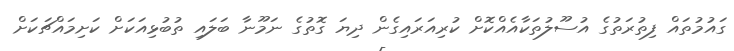
ގައުމުތައް ފިތުރަތުގެ އުސޫލުތަކާއެއްކޮށް ކުރިއަރައިގެން ދިޔަ ގޮތުގެ ނަމޫނާ ބަލައި ތުބުޅިއަކަށް ކަށިމައްޗަކަށް